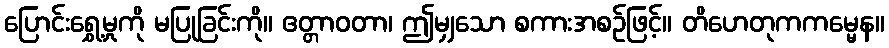
ပြောင်းရွှေ့မှုကို မပြုခြင်းကို။ ဧတ္တာဝတာ၊ ဤမျှသော စကားအစဉ်ဖြင့်။ တိဟေတုကကမ္မေန။